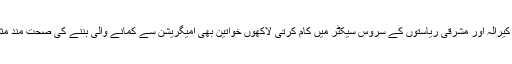
ہماری کیرالہ اور مشرقی ریاستوں کے سروس سیکٹر میں کام کرتی لاکھوں خواتین بھی امیگریشن سے کمانے والی بننے کی صحت مند مثال ہیں۔